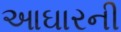
આઘારની